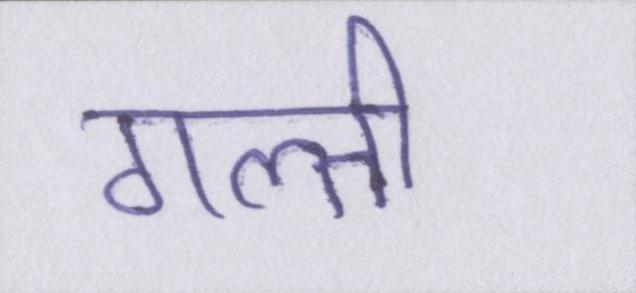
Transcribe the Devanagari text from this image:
गल्ती